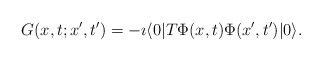
\begin{align*}G(x,t;x',t')=-\imath\langle 0|T \Phi(x,t) \Phi(x',t')|0 \rangle.\end{align*}